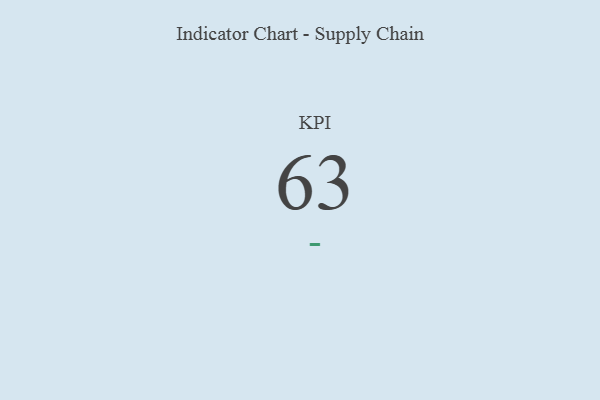
{"axis": {"x": "KPI", "y": "Value"}, "legend": [""], "data": [{"x": "KPI", "y": 63, "type": ""}]}